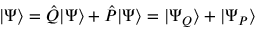
| \Psi \rangle = \hat { Q } | \Psi \rangle + \hat { P } | \Psi \rangle = | \Psi _ { Q } \rangle + | \Psi _ { P } \rangle